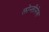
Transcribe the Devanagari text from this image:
लोन्लीनेस